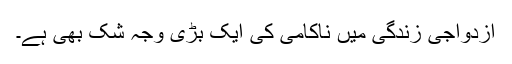
ازدواجی زندگی میں ناکامی کی ایک بڑی وجہ شک بھی ہے۔